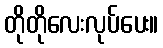
တိုတိုလေးလုပ်ပေး။